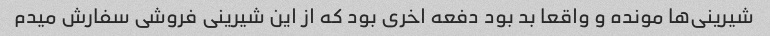
شیرینی‌ها مونده و واقعا بد بود دفعه اخری بود که از این شیرینی فروشی سفارش میدم